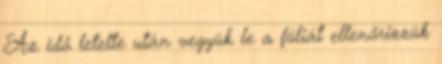
Az idő letelte után vegyük le a fóliát ellenőrizzük